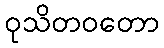
ဝုသိတဝတော